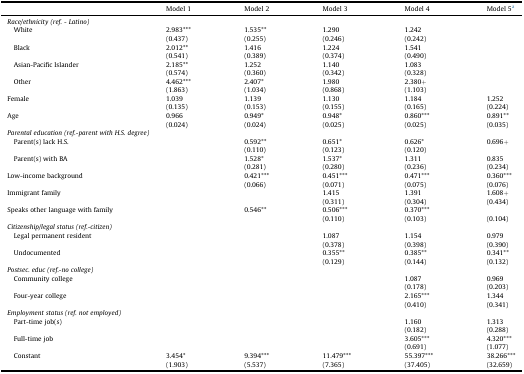
<table><thead><tr><td></td><td><b>Model 1</b></td><td><b>Model 2</b></td><td><b>Model 3</b></td><td><b>Model 4</b></td><td><b>Model 5a</b></td></tr></thead><tbody><tr><td colspan="6"><i>Race/ethnicity (ref. - Latino)</i></td></tr><tr><td rowspan="2"> White</td><td>2.983***</td><td>1.535**</td><td>1.290</td><td>1.242</td><td></td></tr><tr><td>(0.437)</td><td>(0.255)</td><td>(0.246)</td><td>(0.242)</td><td></td></tr><tr><td rowspan="2"> Black</td><td>2.012**</td><td>1.416</td><td>1.224</td><td>1.541</td><td></td></tr><tr><td>(0.541)</td><td>(0.389)</td><td>(0.374)</td><td>(0.490)</td><td></td></tr><tr><td rowspan="2"> Asian-Pacific Islander</td><td>2.185**</td><td>1.252</td><td>1.140</td><td>1.083</td><td></td></tr><tr><td>(0.574)</td><td>(0.360)</td><td>(0.342)</td><td>(0.328)</td><td></td></tr><tr><td rowspan="2"> Other</td><td>4.462***</td><td>2.407*</td><td>1.980</td><td>2.380+</td><td></td></tr><tr><td>(1.863)</td><td>(1.034)</td><td>(0.868)</td><td>(1.103)</td><td></td></tr><tr><td rowspan="2">Female</td><td>1.039</td><td>1.139</td><td>1.130</td><td>1.184</td><td>1.252</td></tr><tr><td>(0.135)</td><td>(0.153)</td><td>(0.155)</td><td>(0.165)</td><td>(0.224)</td></tr><tr><td rowspan="2">Age</td><td>0.966</td><td>0.949*</td><td>0.948*</td><td>0.860***</td><td>0.891**</td></tr><tr><td>(0.024)</td><td>(0.024)</td><td>(0.025)</td><td>(0.025)</td><td>(0.035)</td></tr><tr><td colspan="6"><i>Parental education (ref.-parent with H.S. degree)</i></td></tr><tr><td rowspan="2"> Parent(s) lack H.S.</td><td></td><td>0.592**</td><td>0.651*</td><td>0.626*</td><td>0.696+</td></tr><tr><td></td><td>(0.110)</td><td>(0.123)</td><td>(0.120)</td><td></td></tr><tr><td rowspan="2"> Parent(s) with BA</td><td></td><td>1.528*</td><td>1.537*</td><td>1.311</td><td>0.835</td></tr><tr><td></td><td>(0.281)</td><td>(0.280)</td><td>(0.236)</td><td>(0.234)</td></tr><tr><td rowspan="2">Low-income background</td><td></td><td>0.421***</td><td>0.451***</td><td>0.471***</td><td>0.360***</td></tr><tr><td></td><td>(0.066)</td><td>(0.071)</td><td>(0.075)</td><td>(0.076)</td></tr><tr><td rowspan="2">Immigrant family</td><td></td><td></td><td>1.415</td><td>1.391</td><td>1.608+</td></tr><tr><td></td><td></td><td>(0.311)</td><td>(0.304)</td><td>(0.434)</td></tr><tr><td rowspan="2">Speaks other language with family</td><td></td><td>0.546**</td><td>0.506***</td><td>0.370***</td><td></td></tr><tr><td></td><td></td><td>(0.110)</td><td>(0.103)</td><td>(0.104)</td></tr><tr><td colspan="6"><i>Citizenship/legal status (ref.-citizen)</i></td></tr><tr><td rowspan="2"> Legal permanent resident</td><td></td><td></td><td>1.087</td><td>1.154</td><td>0.979</td></tr><tr><td></td><td></td><td>(0.378)</td><td>(0.398)</td><td>(0.390)</td></tr><tr><td rowspan="2"> Undocumented</td><td></td><td></td><td>0.355**</td><td>0.385**</td><td>0.341**</td></tr><tr><td></td><td></td><td>(0.129)</td><td>(0.144)</td><td>(0.132)</td></tr><tr><td colspan="6"><i>Postsec. educ (ref.-no college)</i></td></tr><tr><td rowspan="2"> Community college</td><td></td><td></td><td></td><td>1.087</td><td>0.969</td></tr><tr><td></td><td></td><td></td><td>(0.178)</td><td>(0.203)</td></tr><tr><td rowspan="2"> Four-year college</td><td></td><td></td><td></td><td>2.165***</td><td>1.344</td></tr><tr><td></td><td></td><td></td><td>(0.410)</td><td>(0.341)</td></tr><tr><td colspan="6"><i>Employment status (ref. not employed)</i></td></tr><tr><td rowspan="2"> Part-time job(s)</td><td></td><td></td><td></td><td>1.160</td><td>1.313</td></tr><tr><td></td><td></td><td></td><td>(0.182)</td><td>(0.288)</td></tr><tr><td rowspan="2"> Full-time job</td><td></td><td></td><td></td><td>3.605***</td><td>4.320***</td></tr><tr><td></td><td></td><td></td><td>(0.691)</td><td>(1.077)</td></tr><tr><td rowspan="2"> Constant</td><td>3.454*</td><td>9.394***</td><td>11.479***</td><td>55.397***</td><td>38.266***</td></tr><tr><td>(1.903)</td><td>(5.537)</td><td>(7.365)</td><td>(37.405)</td><td>(32.659)</td></tr></tbody></table>